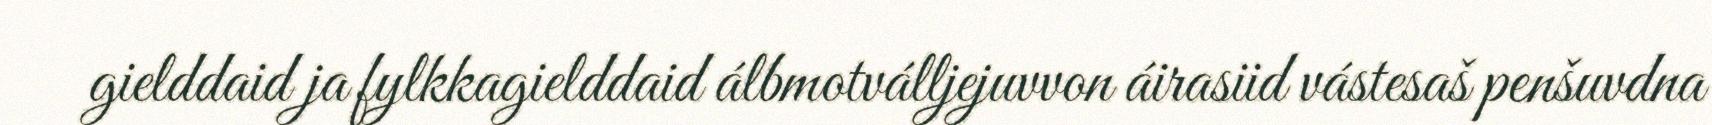
gielddaid ja fylkkagielddaid álbmotválljejuvvon áirasiid vástesaš penšuvdna